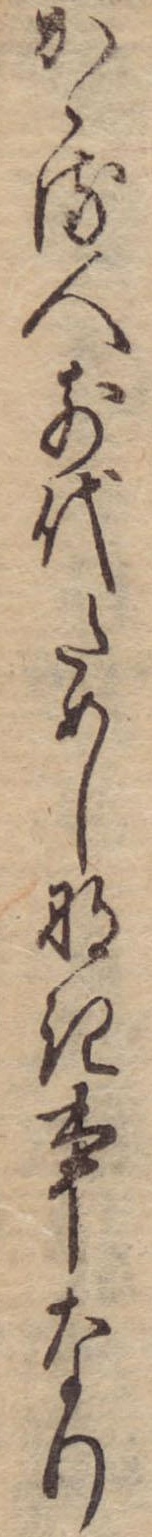
かゝる人前代ためしなき事なり